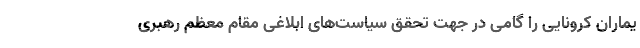
یماران کرونایی را گامی در جهت تحقق سیاست‌های ابلاغی مقام معظم رهبری